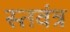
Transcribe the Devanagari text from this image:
स्तवंत्र